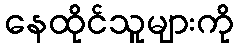
နေထိုင်သူများကို